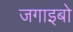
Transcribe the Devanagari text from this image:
जगाइबो